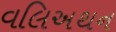
વલિઅથન